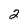
Character: 2